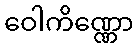
ဝေါကိဏ္ဏော